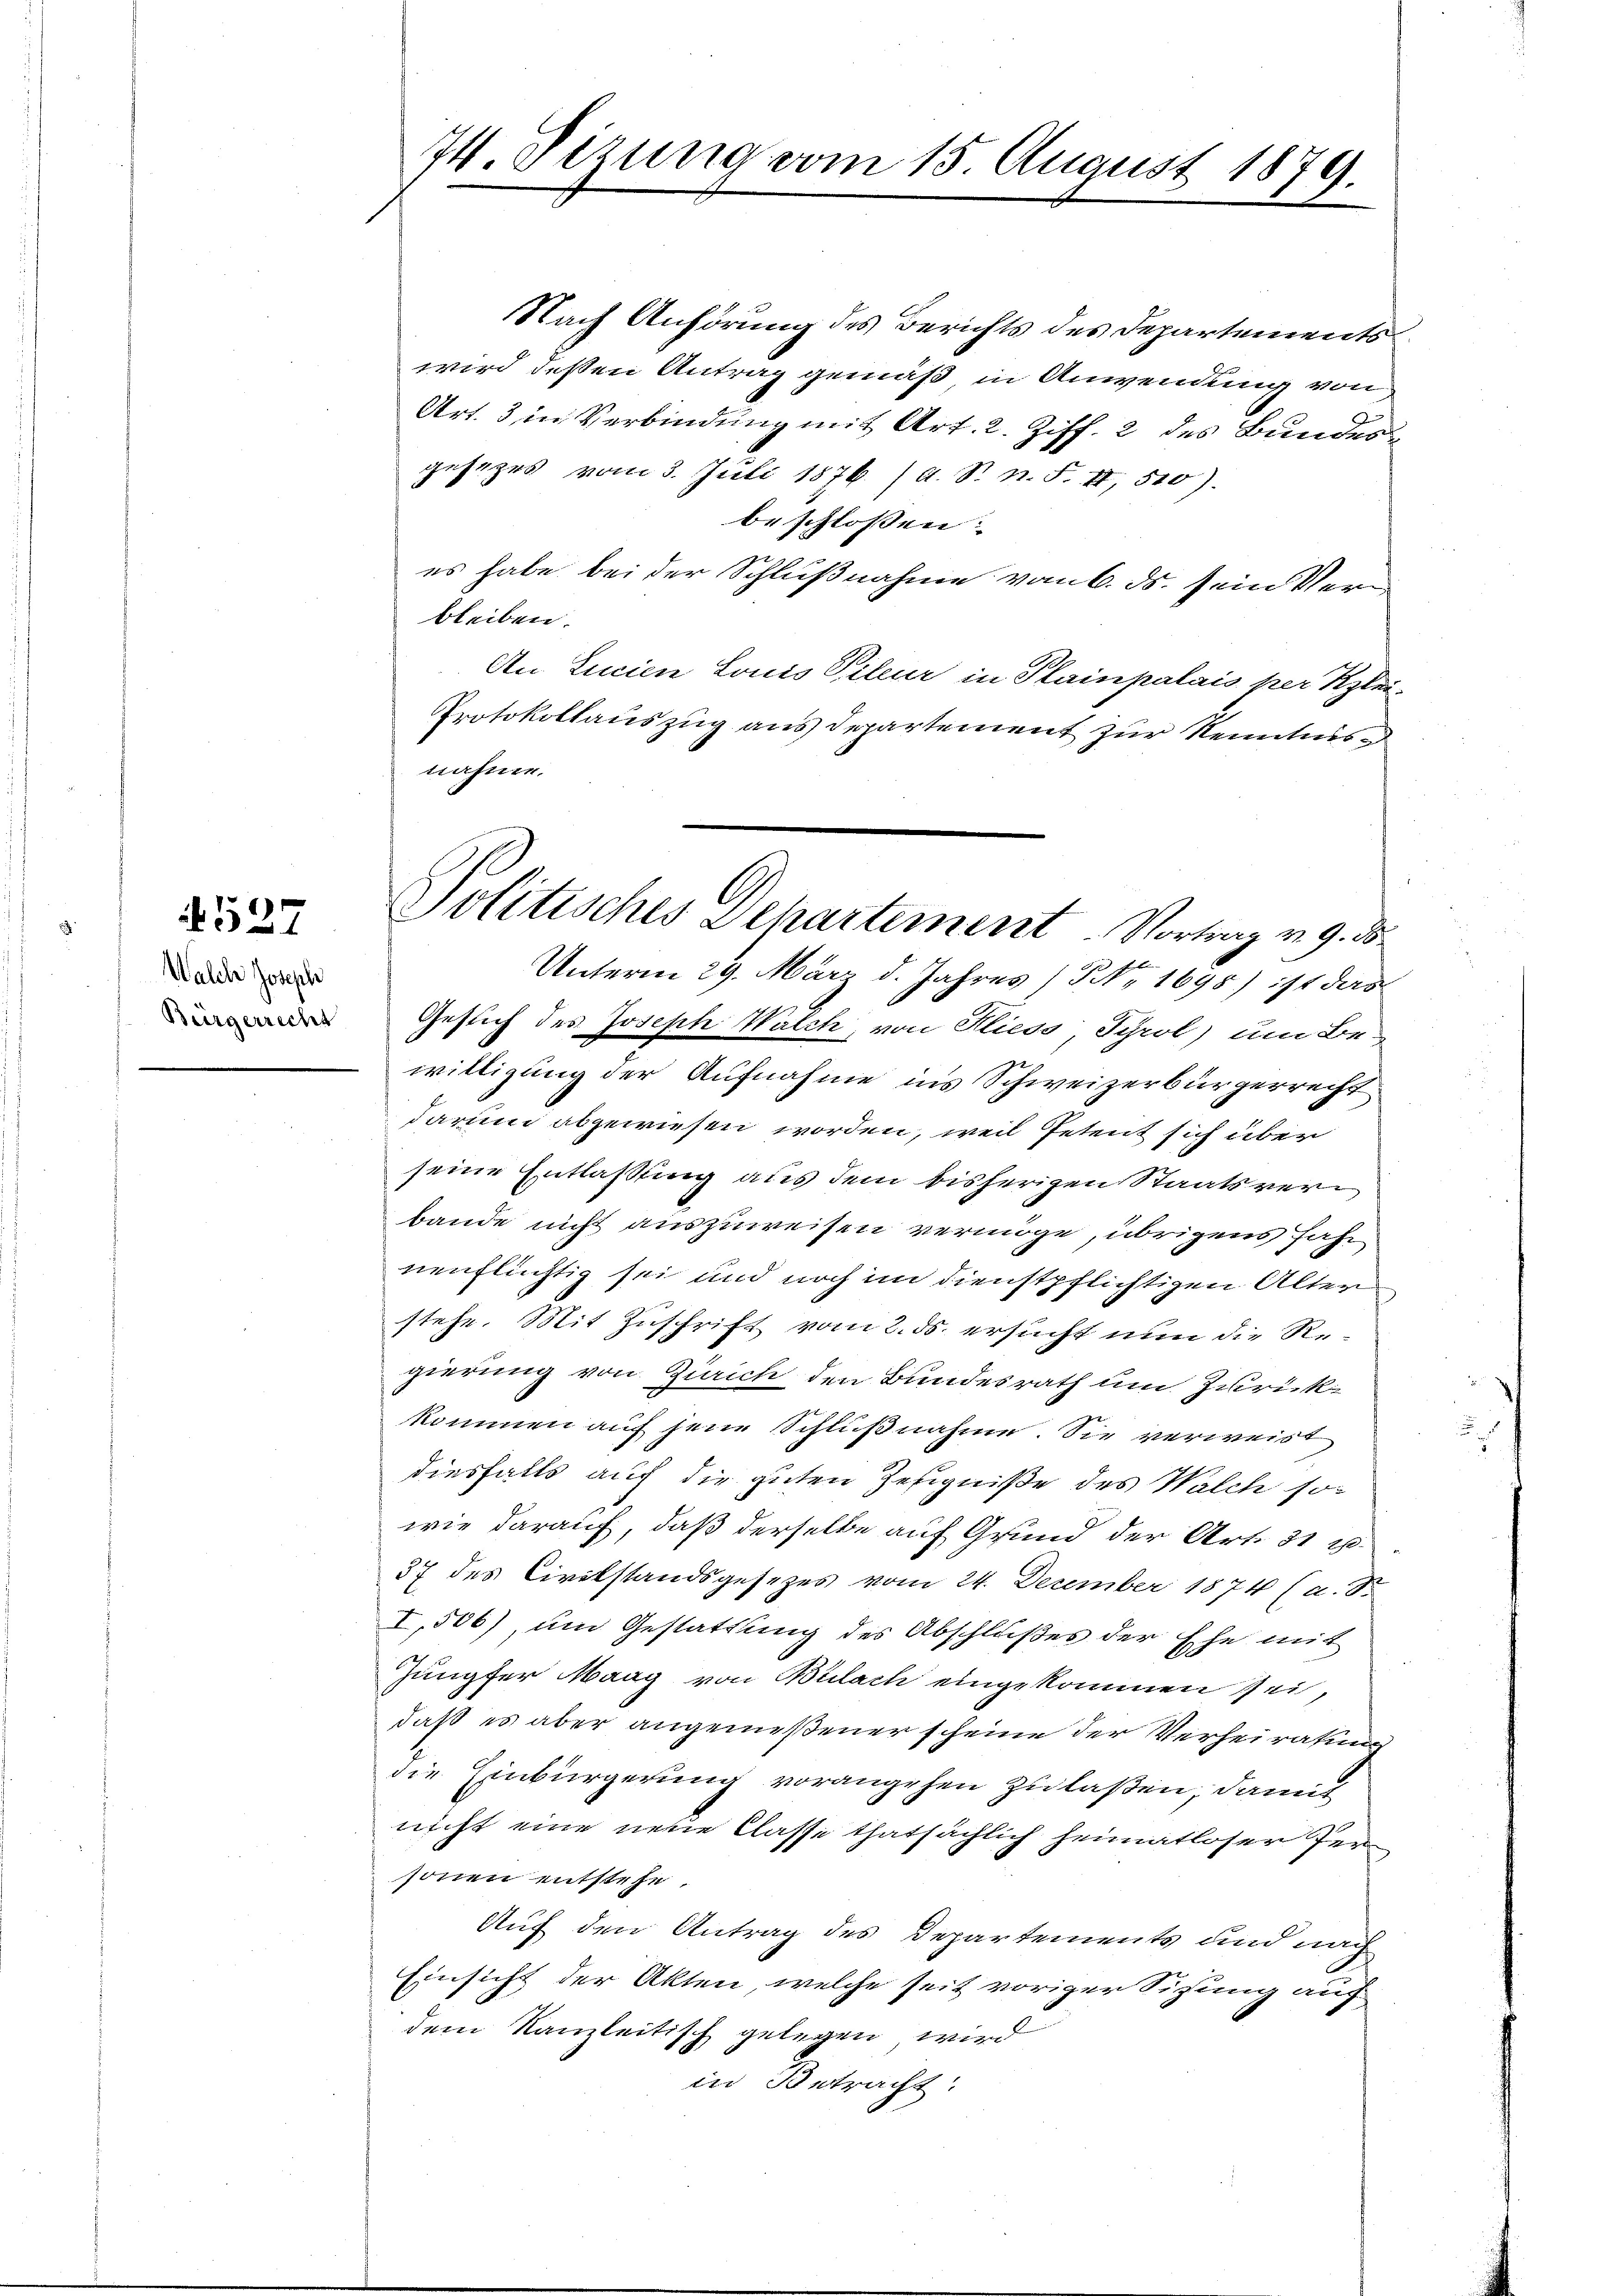
1527

Walch Joseph
Bürgerrecht

74. Sizung vom 15. August 1879.

Nach Anhörung des Berichts des Departements
wird deßen Antrag gemäß in Anwendung von
Art. 3 in Verbindung mit Art. 2. Ziff. 2 des Bundesgesezes vom 3. Juli 1876 /A. S. n. F. II, 510).
beschlossen:
es habe bei der Schlußnahme vom 6. ds. sein Verbleiben.
An Linien Louis Pileur in Plainpalais per Klei-
Protokollauszug aus Departement zur Kenntnis d
nähme.
Unterm 29. März d. Jahres (§ 1698) ist das
Geslich des Joseph Walch, von Kliess, Syrol) um Be-
willigung der Aufnahme ins Schweizerbürgerrecht
darum abgewiesen worden, weil Petent sich über
seine Entlaßung aus dem bisherigen Staatsverbande nicht auszuweisen vermöge, übrigens Jahr
nenflüchtig sei und noch im dienstpflichtigen Alter
stehe. Mit Zuschrift vom 2. ds. ersucht nun die Regierung von Zürich den Bundesrath um Zurückkommen auf jene Schlußnahme. Sie verweist
diesfalls auch die guten Zeugniße des Walch so
wie darauf, daß derselbe auf Grund der Art. 31 x
37 des Civilstandsgesezes vom 24. Dezember 1874 (a. S.
I,506), um Gestattung des Abschlußes der Ehe mit
Jungfer Maag von Bülach eingekommen sei,
daß es aber angemeßener scheine der Verheiratung
die Einbürgerung vorangehen zu laßen, damit
nicht eine neue Classe thatsächlich heimatloser Personen entstehe.
Auf den Antrag des Departements und nach
Einsicht der Akten, welche seit voriger Sitzung auf
dem Kanzleitisch gelegen wird
in Betracht:

Politisches Departement. Vortrag v. 9. 35